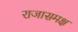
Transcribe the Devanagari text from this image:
राजासमक्ष